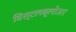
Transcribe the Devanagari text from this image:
विस्टलब्लोअर